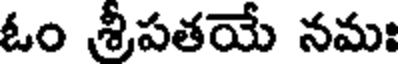
ఓం శ్రీపతయే నమః